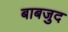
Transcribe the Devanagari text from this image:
बाबजुद